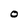
Character: O